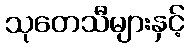
သုတေသီများနှင့်